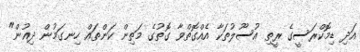
އަދި ޑިމޮކްރަސީގެ ރީތި އުސޫލުތަކާ އެއްގޮތްވާ ގޮތުގެ މަތިން ކަންތައް ހިނގަމުން ދިއުން"